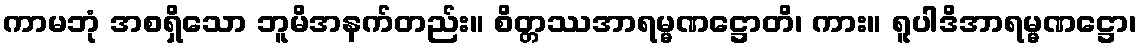
ကာမဘုံ အစရှိသော ဘူမိအနက်တည်း။ စိတ္တဿအာရမ္မဏဋ္ဌောတိ၊ ကား။ ရူပါဒိအာရမ္မဏဋ္ဌော၊